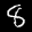
Label: 8